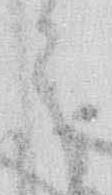
う